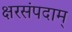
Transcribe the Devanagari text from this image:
क्षरसंपदाम्